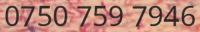
0750 759 7946